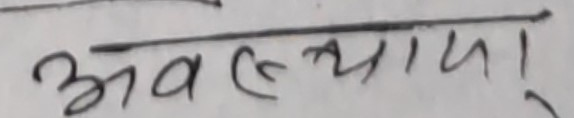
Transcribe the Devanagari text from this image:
अवस्था।